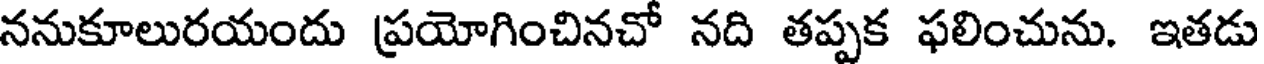
ననుకూలురయందు ప్రయోగించినచో నది తప్పక ఫలించును. ఇతడు